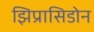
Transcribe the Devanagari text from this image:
झिप्रासिडोन